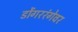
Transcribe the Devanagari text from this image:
डोंगररंगेवर